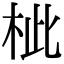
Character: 𣐑